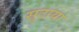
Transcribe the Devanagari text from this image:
सुटाया